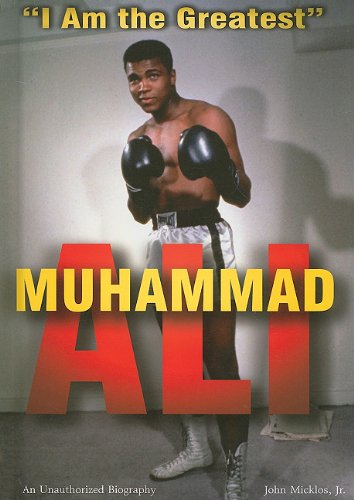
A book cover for Muhammad Ali: I Am the Greatest (American Rebels); John, Jr. Micklos; Teen & Young Adult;